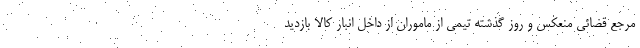
مرجع قضائی منعکس و روز گذشته تیمی از ماموران از داخل انبار کالا بازدید